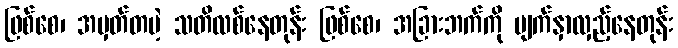
ဖြစ်စေ၊ အမှတ်တမဲ့ သတိလစ်နေတုန်း ဖြစ်စေ၊ အခြားဘက်ကို မျက်နှာလှည့်နေတုန်း